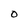
Character: 0